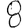
Digit: 8